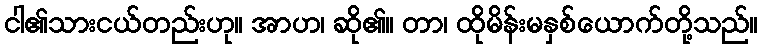
ငါ၏သားငယ်တည်းဟု။ အာဟ၊ ဆို၏။ တာ၊ ထိုမိန်းမနှစ်ယောက်တို့သည်။